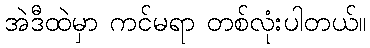
အဲဒီထဲမှာ ကင်မရာ တစ်လုံးပါတယ်။